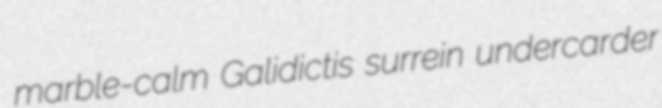
marble-calm Galidictis surrein undercarder